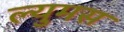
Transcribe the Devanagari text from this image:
ल्युमस